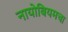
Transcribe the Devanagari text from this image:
नायोबियमचा